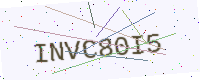
Text: INVC80I5